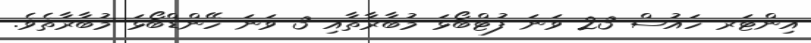
އިންޓަރ ހައުސް 23 ވަނަ ފުޓްބޯޅަ މުބާރާތާއި 3 ވަނަ ހޭންޑްބޯޅަ މުބާރާތެވެ.